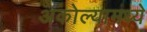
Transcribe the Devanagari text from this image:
अकोल्यामध्ये